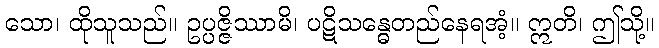
သော၊ ထိုသူသည်။ ဥပ္ပဇ္ဇိဿာမိ၊ ပဋိသန္ဓေတည်နေရအံ့။ ဣတိ၊ ဤသို့။